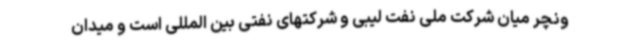
ونچر میان شرکت ملی نفت لیبی و شرکتهای نفتی بین المللی است و میدان